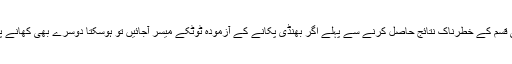
اسلئے کسی بھی قسم کے خطرناک نتائج حاصل کرنے سے پہلے اگر بھنڈی پکانے کے آزمودہ ٹوٹکے میسر آجائیں تو ہوسکتا دوسرے بھی کھانے پر آمادہ ہوجائیں۔